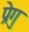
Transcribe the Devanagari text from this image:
प्रेगु